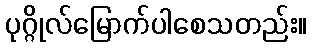
ပုဂ္ဂိုလ်မြောက်ပါစေသတည်း။